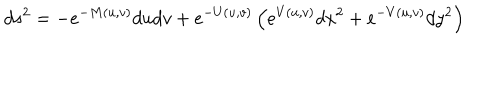
d s ^ { 2 } = - e ^ { - M ( u , v ) } d u d v + e ^ { - U ( u , v ) } \left( e ^ { V ( u , v ) } d x ^ { 2 } + e ^ { - V ( u , v ) } d y ^ { 2 } \right)